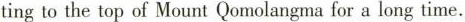
ting to the top of Mount Qomolangma for a long time.